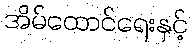
အိမ်ထောင်ရေးနှင့်